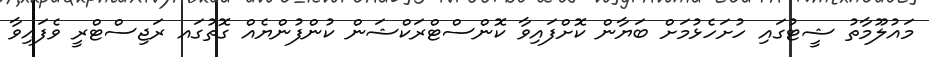
މައުލޫމާތު ޝީޓުގައި ހުށަހެޅުމަށް ބަޔާން ކޮށްފައިވާ ކޮންސްޓްރަކްޝަން ކުންފުންޔެއް ގޮތުގައ ރަޖިސްޓްރީ ވެފައިވާ